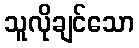
သူလိုချင်သော